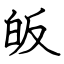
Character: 皈